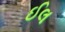
ઈલ